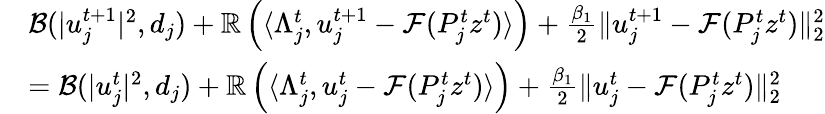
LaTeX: \begin{array}{rl}&{\mathcal{B}(|u_{j}^{t+1}|^{2},d_{j})+\mathbb{R}\left(\langle\Lambda_{j}^{t},u_{j}^{t+1}-\mathcal{F}(P_{j}^{t}z^{t})\rangle\right)+\frac{\beta_{1}}{2}\| u_{j}^{t+1}-\mathcal{F}(P_{j}^{t}z^{t})\| _{2}^{2}}\\ &{=\mathcal{B}(|u_{j}^{t}|^{2},d_{j})+\mathbb{R}\left(\langle\Lambda_{j}^{t},u_{j}^{t}-\mathcal{F}(P_{j}^{t}z^{t})\rangle\right)+\frac{\beta_{1}}{2}\| u_{j}^{t}-\mathcal{F}(P_{j}^{t}z^{t})\| _{2}^{2}}\end{array}